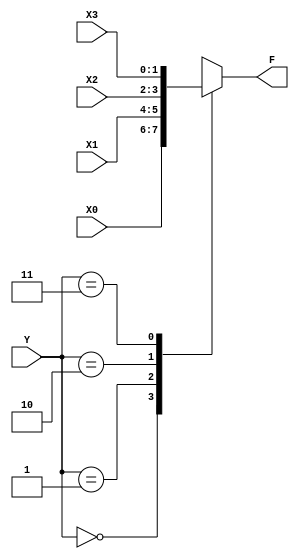
 module select(
	input [1:0] X0,
	input [1:0] X1,
	input [1:0] X2,
	input [1:0] X3,
	input [1:0] Y,
	output reg [1:0] F
	);
	
	always @ (*)
		case(Y)
			2'd0: F = X0;
			2'd1: F = X1;
			2'd2: F = X2;
			2'd3: F = X3;
			default: F = 2'b00;
		endcase

endmodule